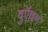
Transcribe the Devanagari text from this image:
दुऍल्लम